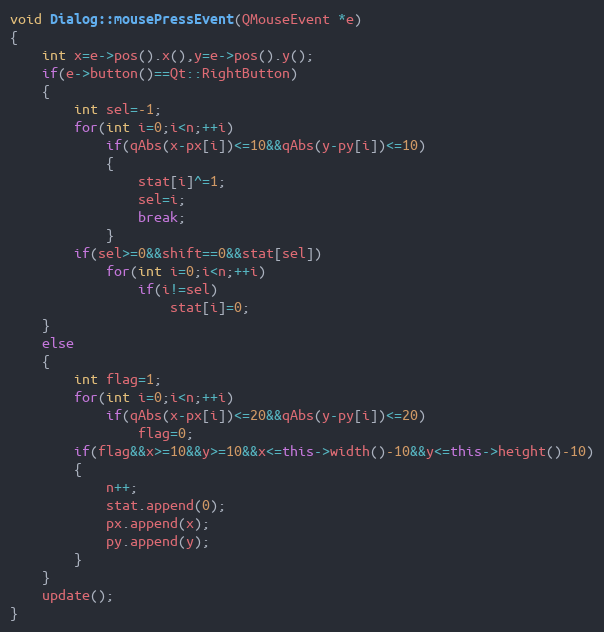
Language: C++
void Dialog::mousePressEvent(QMouseEvent *e)
{
    int x=e->pos().x(),y=e->pos().y();
    if(e->button()==Qt::RightButton)
    {
        int sel=-1;
        for(int i=0;i<n;++i)
            if(qAbs(x-px[i])<=10&&qAbs(y-py[i])<=10)
            {
                stat[i]^=1;
                sel=i;
                break;
            }
        if(sel>=0&&shift==0&&stat[sel])
            for(int i=0;i<n;++i)
                if(i!=sel)
                    stat[i]=0;
    }
    else
    {
        int flag=1;
        for(int i=0;i<n;++i)
            if(qAbs(x-px[i])<=20&&qAbs(y-py[i])<=20)
                flag=0;
        if(flag&&x>=10&&y>=10&&x<=this->width()-10&&y<=this->height()-10)
        {
            n++;
            stat.append(0);
            px.append(x);
            py.append(y);
        }
    }
    update();
}